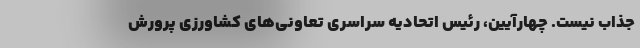
جذاب نیست. چهارآیین، رئیس اتحادیه سراسری تعاونی‌های کشاورزی پرورش